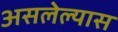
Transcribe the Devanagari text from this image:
असलेल्यास